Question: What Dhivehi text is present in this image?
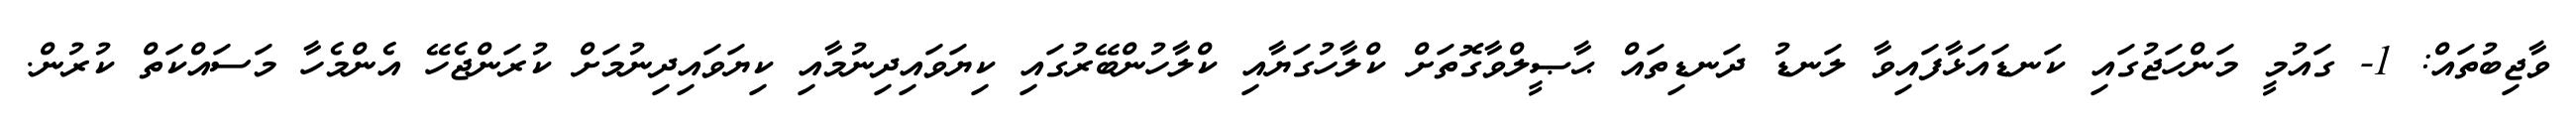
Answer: ވާޖިބުތައް: 1- ގައުމީ މަންހަޖުގައި ކަނޑައަޅާފައިވާ ލަނޑު ދަނޑިތައް ޙާޞީލްވާގޮތަށް ކްލާހުގަޔާއި ކްލާހުންބޭރުގައި ކިޔަވައިދިނުމާއި ކިޔަވައިދިނުމަށް ކުރަންޖެހޭ އެންމެހާ މަސައްކަތް ކުރުން.